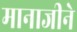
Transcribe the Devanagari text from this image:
मानाजीने